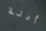
أدلة